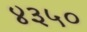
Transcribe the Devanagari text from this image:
४३५०